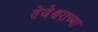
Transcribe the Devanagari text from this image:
तेजेश्वराच्या